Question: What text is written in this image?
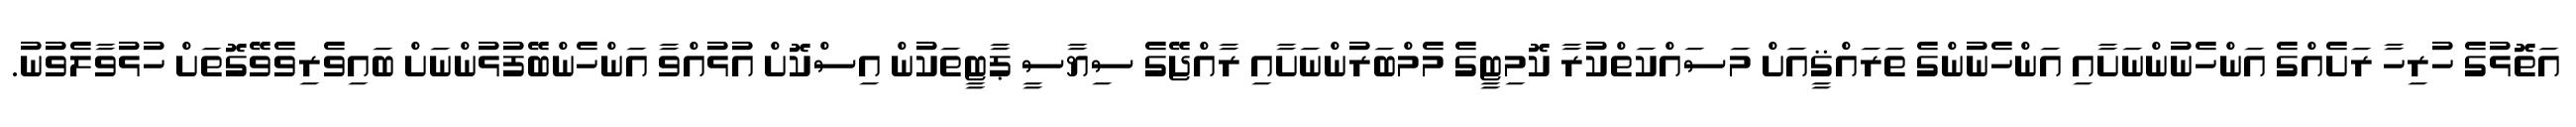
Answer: އަތޮޅުގެ ހުރިހާ ރަށެއްގެ އަންހެނުންނަށާއި އަންހެނުންގެ ތަރައްޤީއަށް މަސައްކަތްކުރާ ކޮމިޓީގެ މެމްބަރުންނަށާއި ރާއްޖޭގެ ސިޔާސީ ޕާޓީތަކުން އިސްކޮށް އުޅުއްވާ އަންހެންބޭފުޅުންނަށް ބައިވެރިވެވޭގޮތަށް ހުޅުވާލެވުނު.